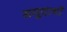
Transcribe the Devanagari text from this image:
समूदायों